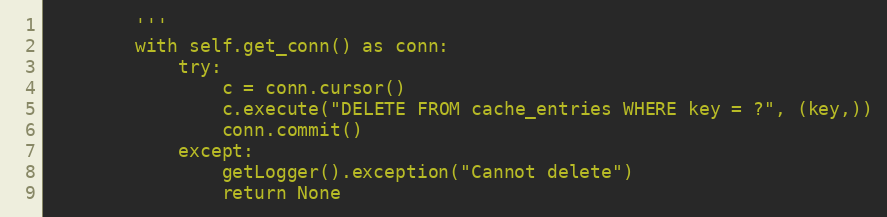
Language: Python
        '''
        with self.get_conn() as conn:
            try:
                c = conn.cursor()
                c.execute("DELETE FROM cache_entries WHERE key = ?", (key,))
                conn.commit()
            except:
                getLogger().exception("Cannot delete")
                return None